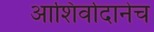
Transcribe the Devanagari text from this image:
आशिर्वादानेच